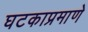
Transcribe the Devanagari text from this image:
घटकाप्रमाणे